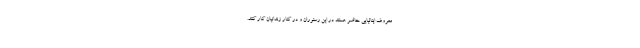
معروف ایتالیایی حاضر هستند در این رستوران و در کنار زندانیان کار کنند.